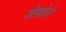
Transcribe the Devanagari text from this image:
जेसोले